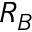
R _ { B }